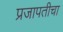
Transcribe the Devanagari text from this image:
प्रजापतीचा